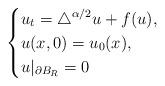
LaTeX: \begin{align*} \ \left\{\begin{aligned}&u_{t}=\triangle^{\alpha/2}u+f(u), \\& u(x,0)=u_{0}(x), \\&u|_{\partial B_{R}}=0\end{aligned}\right.\end{align*}